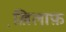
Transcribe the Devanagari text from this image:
ख़ि़लाफ़